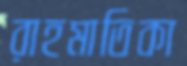
রাহমাতিকা